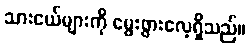
သားငယ်များကို မွေးဖွားလေ့ရှိသည်။